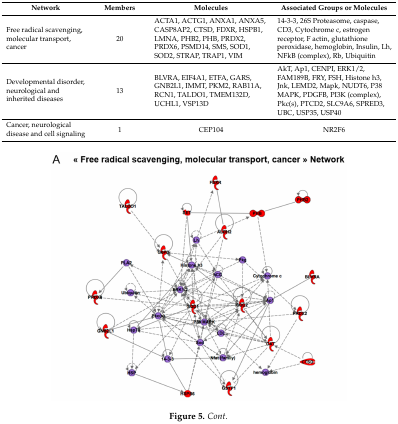
| Network | Members | Molecules | Associated Groups or Molecules |
 | --- | --- | --- | --- |
 | Free radical scavenging, molecular transport, cancer | 20 | ACTA1, ACTG1, ANXA1, ANXA5, CASP8AP2, CTSD, FDXR, HSPB1, LMNA, PHB2, PHB, PRDX2, PRDX6, PSMD14, SMS, SOD1, SOD2, STRAP, TRAP1, VIM | 14-3-3, 26S Proteasome, caspase, CD3, Cytochrome c, estrogen receptor, F actin, glutathione peroxidase, hemoglobin, Insulin, Lh, NFkB (complex), Rb, Ubiquitin |
 | Developmental disorder, neurological and inherited diseases | 13 | BLVRA, EIF4A1, ETFA, GARS, GNB2L1, IMMT, PKM2, RAB11A, RCN1, TALDO1, TMEM132D, UCHL1, VSP13D | AkT, Ap1, CENPI, ERK1/2, FAM189B, FRY, FSH, Histone h3, Jnk, LEMD2, Mapk, NUDT6, P38 MAPK, PDGFB, PI3K (complex), Pkc(s), PTCD2, SLC9A6, SPRED3, UBC, USP35, USP40 |
 | Cancer, neurological disease and cell signaling | 1 | CEP104 | NR2F6 |